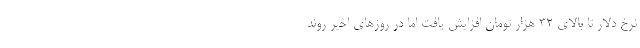
نرخ دلار تا بالای ۳۲ هزار تومان افزایش یافت اما در روزهای اخیر روند